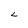
Character: L